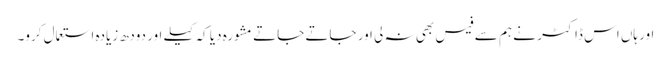
اور ہاں اس ڈاکٹر نے ہم سے فیس بھی نہ لی اور جاتے جاتے مشورہ دیا کہ کیلے اور دودھ زیادہ استعمال کرو۔